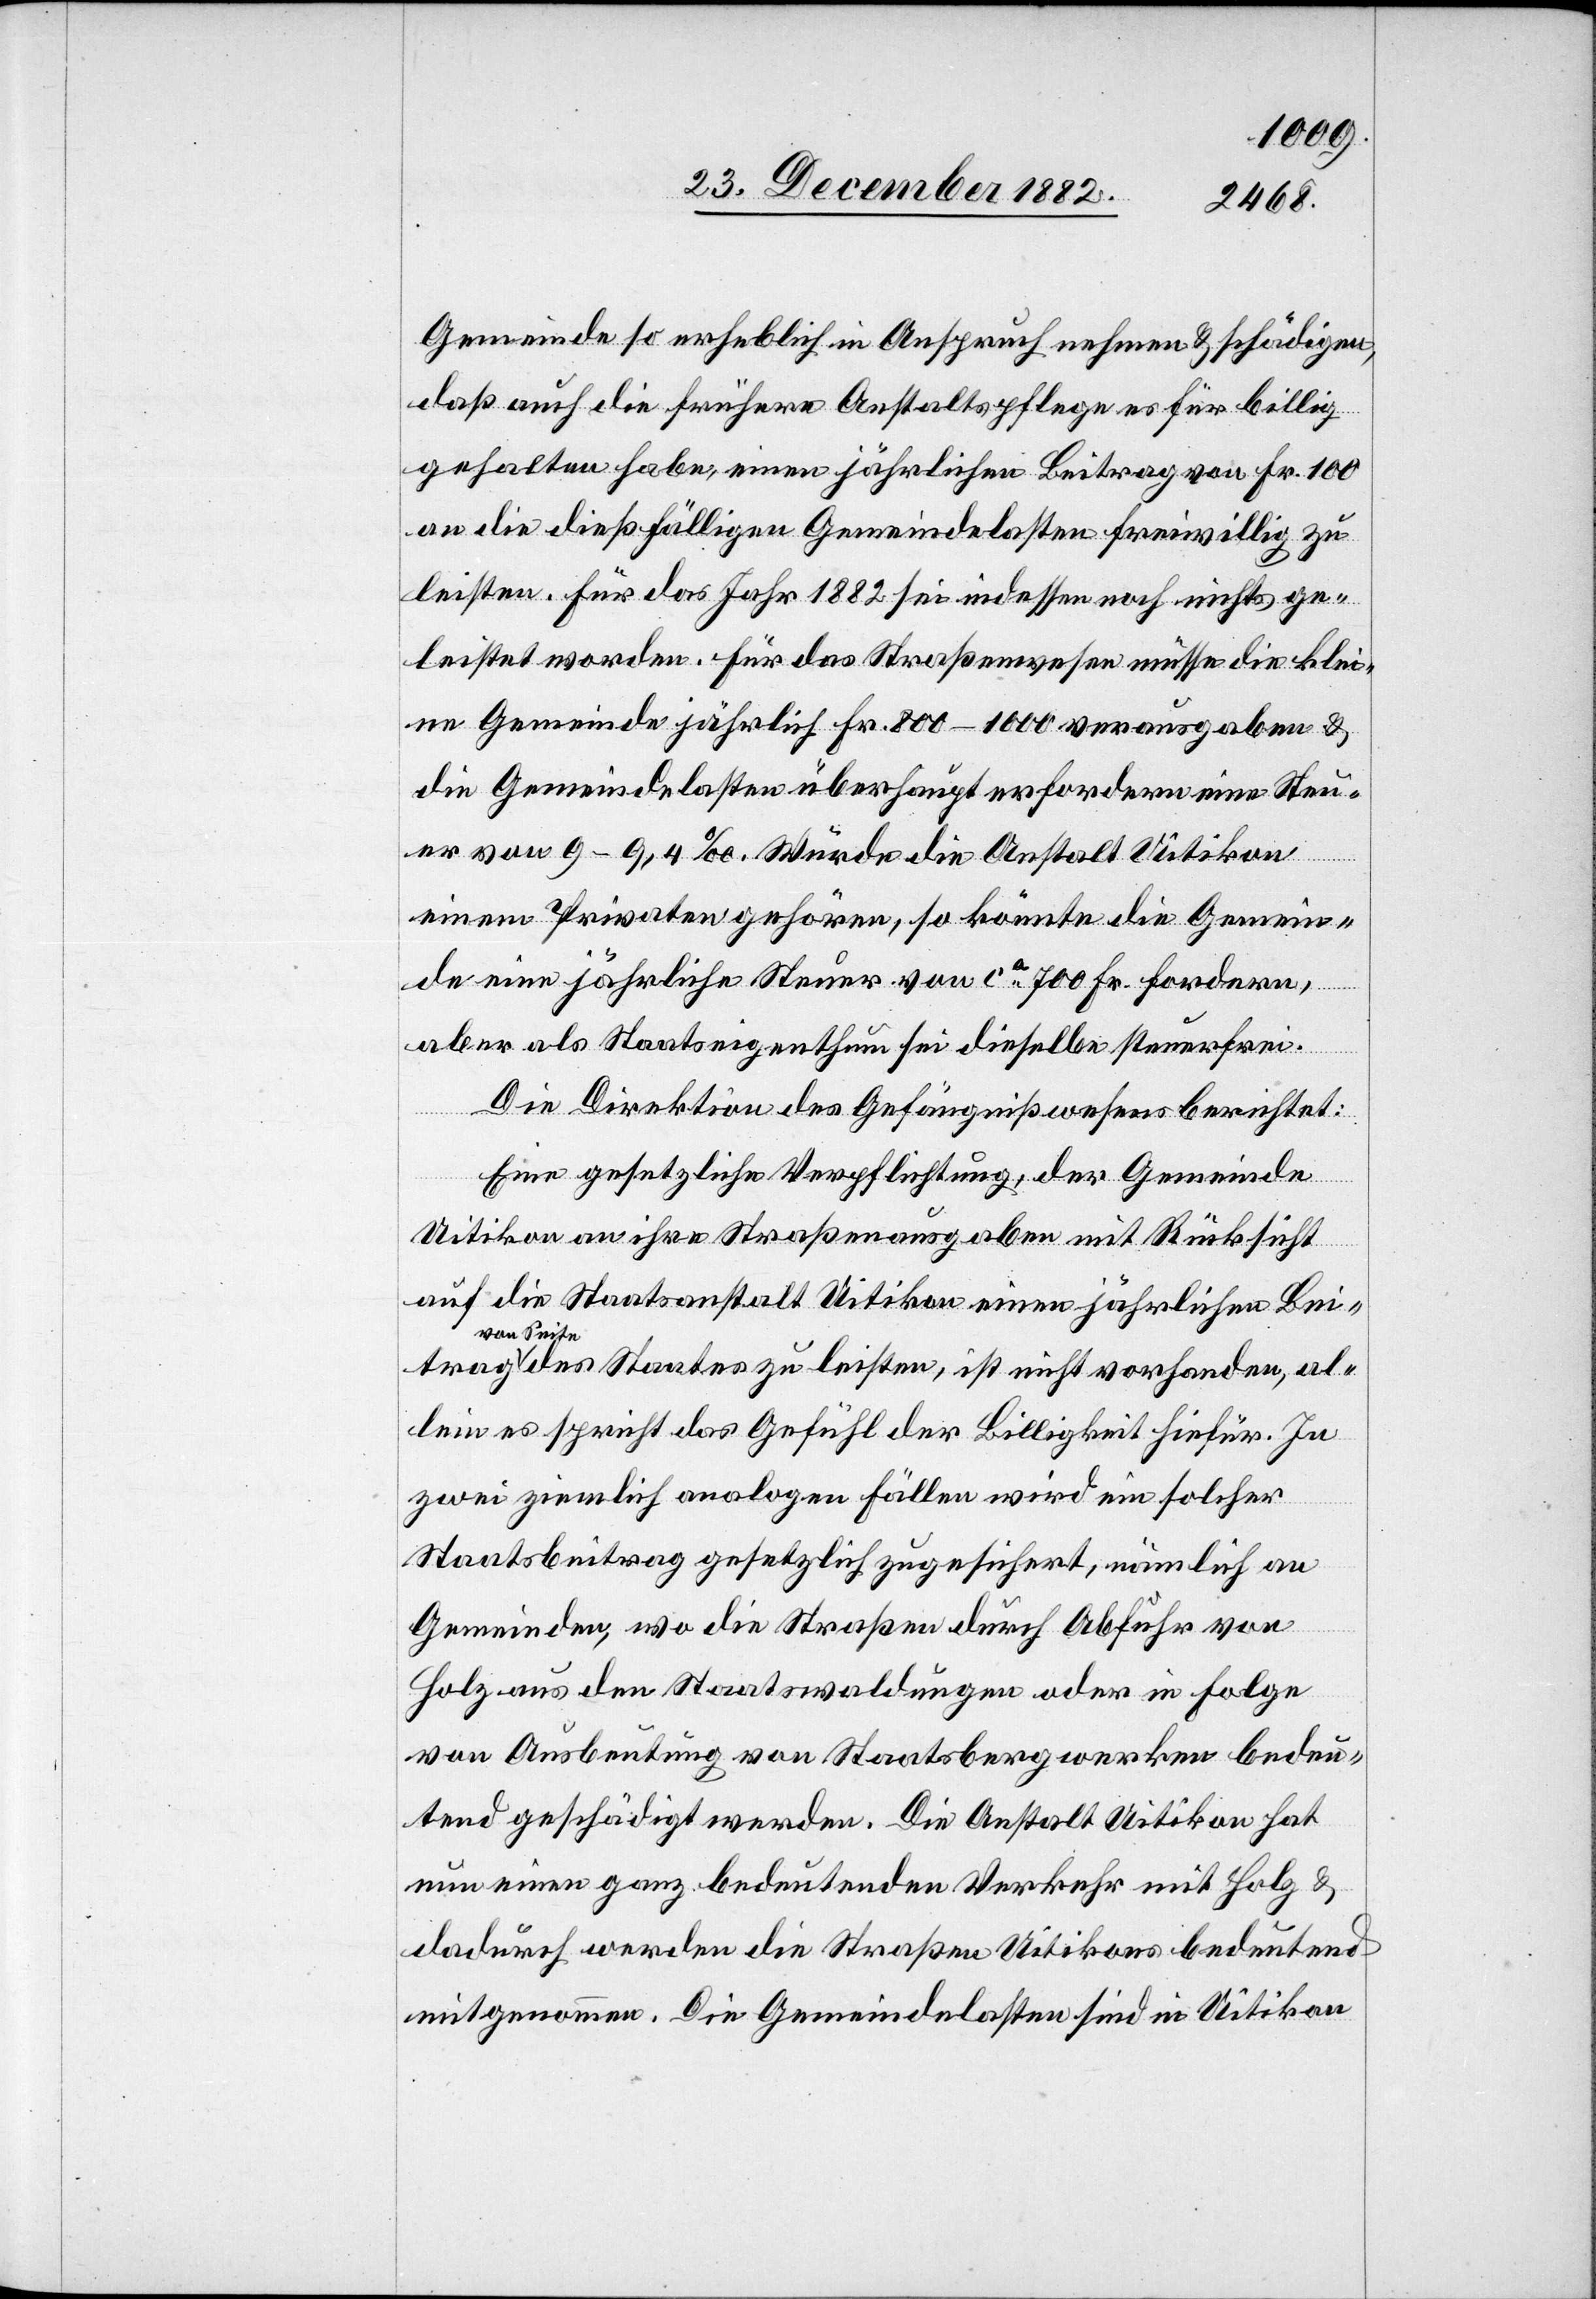
Gemeinde so erheblich in Anspruch nehmen & schädigen
daß auch die frühere Anstaltspflege es für billig
gehalten habe, einen jährlichen Beitrag von Fr. 100
an die dießfälligen Gemeindelasten freiwillig zu
leisten. Für das Jahr 1882 sei indessen noch nichts ge¬
leistet worden. Für das Straßenwesen müsse die klei¬
ne Gemeinde jährlich Fr. 800–1000 verausgaben &
die Gemeindelasten überhaupt erfordern eine Steu¬
er von 9–9,4‰. Würde die Anstalt Uitikon
einem Privaten gehören, so könnte die Gemein¬
de eine jährliche Steuer von ca 700 Fr. fordern,
trag
aber als Staatseigenthum sei dieselbe steuerfrei.
Die Direktion des Gefängnißwesens berichtet:
Eine gesetzliche Verpflichtung, der Gemeinde
Uitikon an ihre Straßenausgaben mit Rücksicht
auf die Staatsanstalt Uitikon einen jährlichen Bei¬
von Sei¬
te des Staates zu leisten, ist nicht vorhanden, al¬
lein es spricht das Gefühl der Billigkeit hiefür. In
zwei ziemlich analogen Fällen wird ein solcher
Staatsbeitrag gesetzlich zugesichert, nämlich an
Gemeinden, wo die Straßen durch Abfuhr von
Holz aus den Staatswaldungen oder in Folge
von Ausbeutung von Staatsbergwerken bedeu¬
tend geschädigt werden. Die Anstalt Uitikon hat
nun einen ganz bedeutenden Verkehr mit Holz &
dadurch werden die Straßen Uitikons bedeutend
mitgenommen. Die Gemeindelasten sind in Uitikon